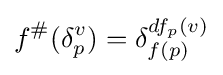
f^{\#}(\delta _{p}^{v})=\delta _{f(p)}^{df_{p}(v)}